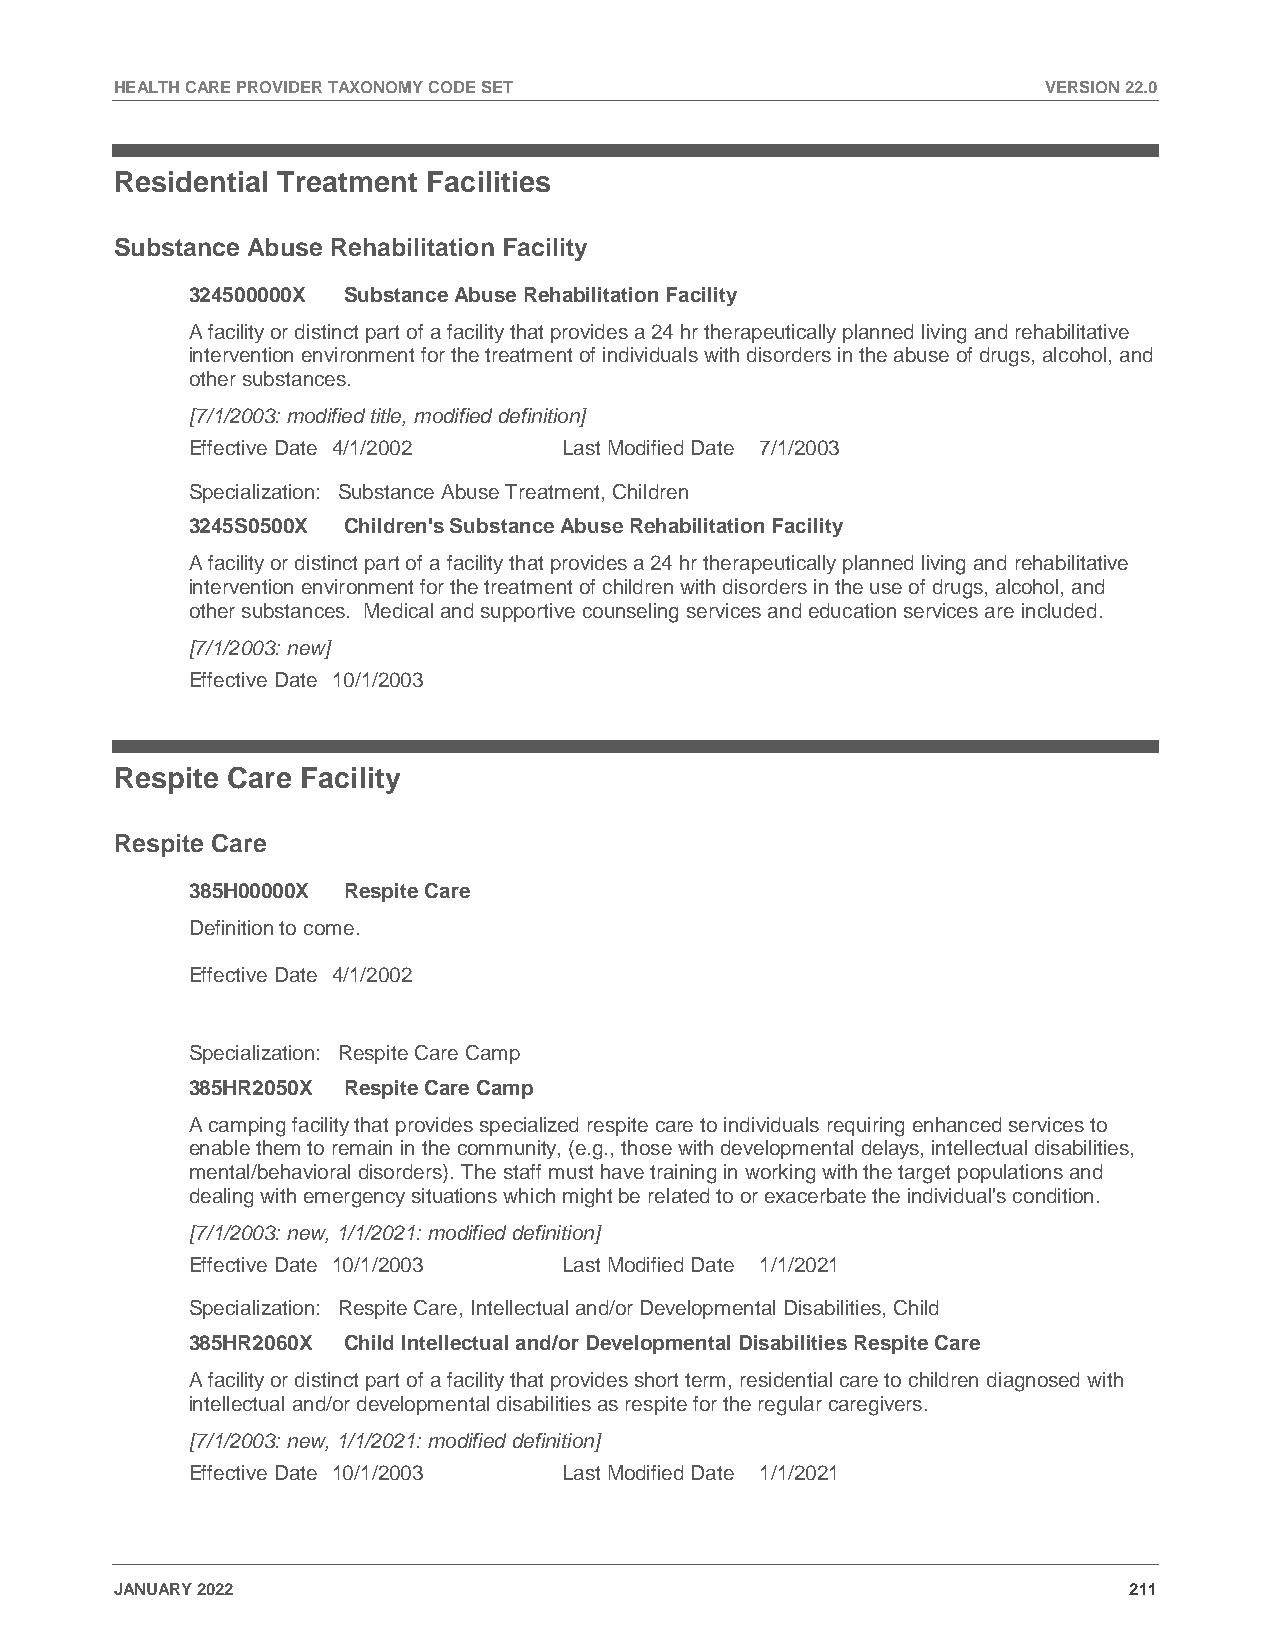
HEALTH CARE PROVIDER TAXONOMY CODE SET                       VERSION 22.0
 Residential Treatment Facilities
 Substance Abuse Rehabilitation Facility
 324500000X Substance Abuse Rehabilitation Facility
 A facility or distinct part of a facility that provides a 24 hr therapeutically planned living and rehabilitative
 intervention environment for the treatment of individuals with disorders in the abuse of drugs, alcohol, and
 other substances.
 [7/1/2003: modified title, modified definition]
 Effective Date 4/1/2002  Last Modified Date 7/1/2003
 Specialization: Substance Abuse Treatment, Children
 3245S0500X Children's Substance Abuse Rehabilitation Facility
 A facility or distinct part of a facility that provides a 24 hr therapeutically planned living and rehabilitative
 intervention environment for the treatment of children with disorders in the use of drugs, alcohol, and
 other substances. Medical and supportive counseling services and education services are included.
 [7/1/2003: new]
 Effective Date 10/1/2003
 Respite Care Facility
 Respite Care
 385H00000X Respite Care
 Definition to come.
 Effective Date 4/1/2002
 Specialization: Respite Care Camp
 385HR2050X Respite Care Camp
 A camping facility that provides specialized respite care to individuals requiring enhanced services to
 enable them to remain in the community, (e.g., those with developmental delays, intellectual disabilities,
 mental/behavioral disorders). The staff must have training in working with the target populations and
 dealing with emergency situations which might be related to or exacerbate the individual's condition.
 [7/1/2003: new, 1/1/2021: modified definition]
 Effective Date 10/1/2003 Last Modified Date 1/1/2021
 Specialization: Respite Care, Intellectual and/or Developmental Disabilities, Child
 385HR2060X Child Intellectual and/or Developmental Disabilities Respite Care
 A facility or distinct part of a facility that provides short term, residential care to children diagnosed with
 intellectual and/or developmental disabilities as respite for the regular caregivers.
 [7/1/2003: new, 1/1/2021: modified definition]
 Effective Date 10/1/2003 Last Modified Date 1/1/2021
 JANUARY 2022                                                       211